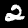
Digit: 2